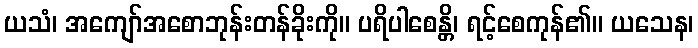
ယသံ၊ အကျော်အစောဘုန်းတန်ခိုးကို။ ပရိပါစေန္တိ၊ ရင့်စေကုန်၏။ ယသေန၊